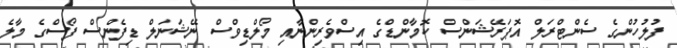
ފުލުހުންގެ ސެންޓްރަލް އޮޕަރޭޝަންސް ކޮމާންޑްގެ އިސްވެރިންނާއި މޯލްޑިވްސް ނޭޝަނަލް ޑިފެންސް ފޯސްގެ މާލެ